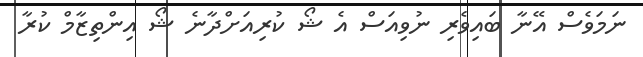
ނަމަވެސް އޭނާ ބައިވެރި ނުވިއަސް އެ ޝޯ ކުރިއަށްދާނެ ޝޯ އިންތިޒާމް ކުރާ